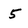
Character: 5